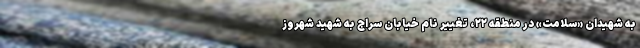
به شهیدان «سلامت» در منطقه ۲۲، تغییر نام خیابان سراج به شهید شهروز